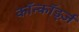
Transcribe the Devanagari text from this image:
कॉन्कॉर्ड्ज़